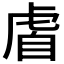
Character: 𫊡